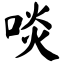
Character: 啖